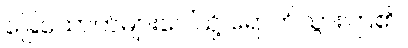
ခြေထောက်များပေါ်သို့ ရောက်သွားကြ၏။